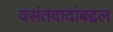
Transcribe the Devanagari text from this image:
वसंतदादांबद्दल